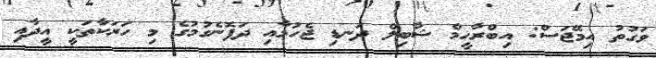
ވަގުތު އިމޭޖަސް: އިބްރާހީމް ޝާބިލް ދަނޑި ޖެހުމާއި ދަފޮނެގުމުގެ މި ހަރަކާތަކީ އީދާއި